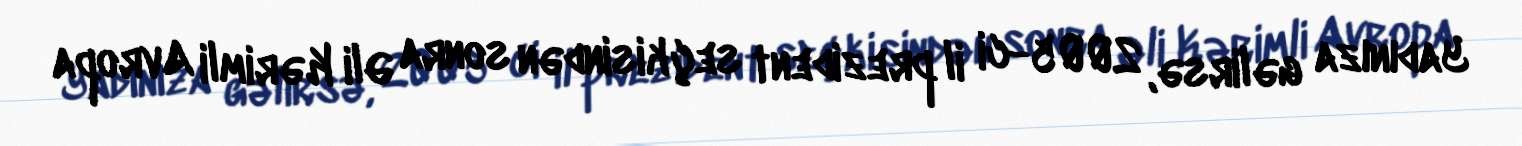
Yadınıza gəlirsə, 2005-ci il prezident seçkisindən sonra Əli Kərimli Avropa